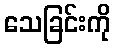
သေခြင်းကို